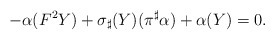
\begin{align*}-\alpha(F^2Y)+\sigma_{\sharp}(Y)(\pi^{\sharp}\alpha)+\alpha(Y)=0.\end{align*}